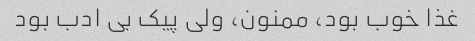
غذا خوب بود، ممنون، ولی پیک بی ادب بود